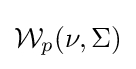
{\mathcal {W}}_{p}(\nu ,\Sigma )